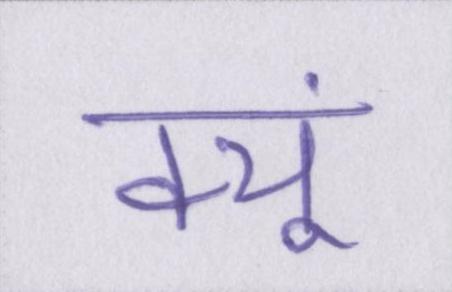
क्यूं